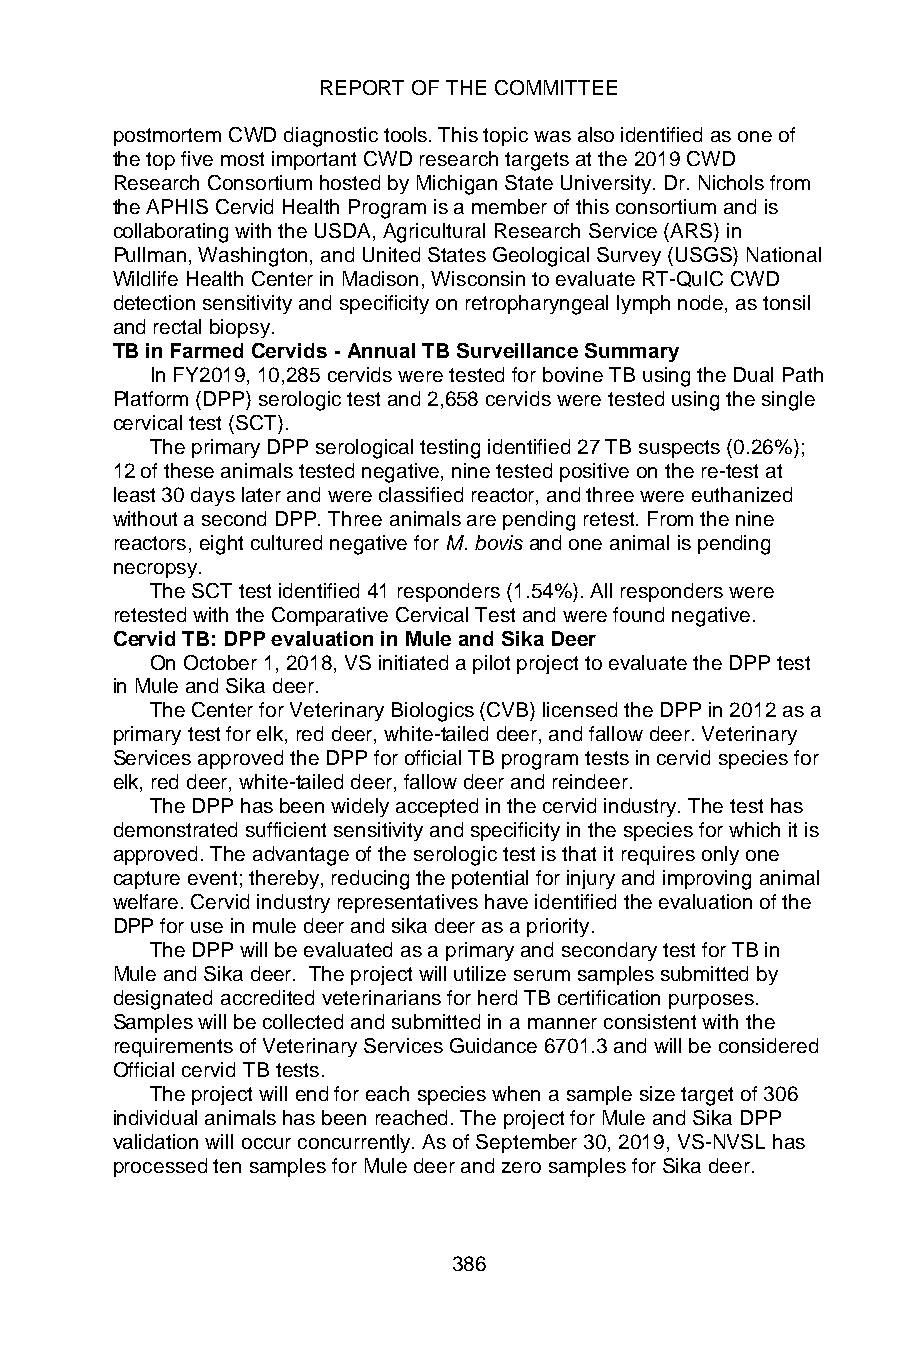
REPORT OF THE COMMITTEE
 postmortem CWD diagnostic tools. This topic was also identified as one of
 the top five most important CWD research targets at the 2019 CWD
 Research Consortium hosted by Michigan State University. Dr. Nichols from
 the APHIS Cervid Health Program is a member of this consortium and is
 collaborating with the USDA, Agricultural Research Service (ARS) in
 Pullman, Washington, and United States Geological Survey (USGS) National
 Wildlife Health Center in Madison, Wisconsin to evaluate RT-QuIC CWD
 detection sensitivity and specificity on retropharyngeal lymph node, as tonsil
 and rectal biopsy.
 TB in Farmed Cervids - Annual TB Surveillance Summary
 In FY2019, 10,285 cervids were tested for bovine TB using the Dual Path
 Platform (DPP) serologic test and 2,658 cervids were tested using the single
 cervical test (SCT).
 The primary DPP serological testing identified 27 TB suspects (0.26%);
 12 of these animals tested negative, nine tested positive on the re-test at
 least 30 days later and were classified reactor, and three were euthanized
 without a second DPP. Three animals are pending retest. From the nine
 reactors, eight cultured negative for M. bovis and one animal is pending
 necropsy.
 The SCT test identified 41 responders (1.54%). All responders were
 retested with the Comparative Cervical Test and were found negative.
 Cervid TB: DPP evaluation in Mule and Sika Deer
 On October 1, 2018, VS initiated a pilot project to evaluate the DPP test
 in Mule and Sika deer.
 The Center for Veterinary Biologics (CVB) licensed the DPP in 2012 as a
 primary test for elk, red deer, white-tailed deer, and fallow deer. Veterinary
 Services approved the DPP for official TB program tests in cervid species for
 elk, red deer, white-tailed deer, fallow deer and reindeer.
 The DPP has been widely accepted in the cervid industry. The test has
 demonstrated sufficient sensitivity and specificity in the species for which it is
 approved. The advantage of the serologic test is that it requires only one
 capture event; thereby, reducing the potential for injury and improving animal
 welfare. Cervid industry representatives have identified the evaluation of the
 DPP for use in mule deer and sika deer as a priority.
 The DPP will be evaluated as a primary and secondary test for TB in
 Mule and Sika deer. The project will utilize serum samples submitted by
 designated accredited veterinarians for herd TB certification purposes.
 Samples will be collected and submitted in a manner consistent with the
 requirements of Veterinary Services Guidance 6701.3 and will be considered
 Official cervid TB tests.
 The project will end for each species when a sample size target of 306
 individual animals has been reached. The project for Mule and Sika DPP
 validation will occur concurrently. As of September 30, 2019, VS-NVSL has
 processed ten samples for Mule deer and zero samples for Sika deer.
 386